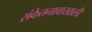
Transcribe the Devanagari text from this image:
संकेतनावाखाली